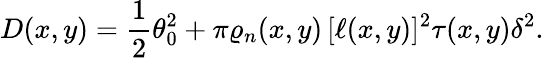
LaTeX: D(x,y)=\frac{1}{2}\theta_{0}^{2}+\pi\varrho_{n}(x,y)\, [\ell(x,y)]^{2}\tau(x,y)\delta^{2}.